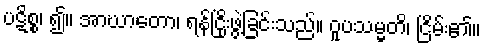
ပဋိစ္စ၊ ၍။ အာဃာတော၊ ရန်ငြိုးဖွဲ့ခြင်းသည်။ ဝူပသမ္မတိ၊ ငြိမ်း၏။